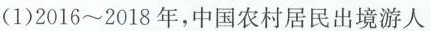
(3(1)2016~2018年，中国农村居民出境游人数的增长幅度明显高于城镇居民出境游人数的增长幅度，0”后和”80”后比较有条件走出国门石世界)中国民众出境游选择”生活体验慢慢慢”多是”90”后和”0材料三中，三幅图代表了中国民众出境游的三种主要类型。请结合材料二、三，预测在接下来的五年中，这三种类型中哪一种预测在中国民众出境游的主要趋势，并简述你的理(3分